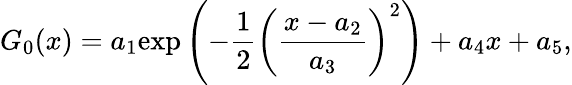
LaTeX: G_{0}(x)=a_{1}\textrm{exp}\left(-\frac{1}{2}\left(\frac{x-a_{2}}{a_{3}}\right)^{2}\right)+a_{4}x+a_{5},